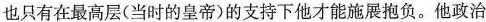
也只有在最高层（当时的皇帝）的支持下他才能施展抱负。他政治